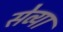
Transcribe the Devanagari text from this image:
सेव्या